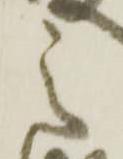
之